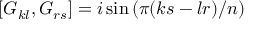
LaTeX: \left[ G _ { k l } , G _ { r s } \right] = i \sin \left( \pi ( k s - l r ) / n \right)